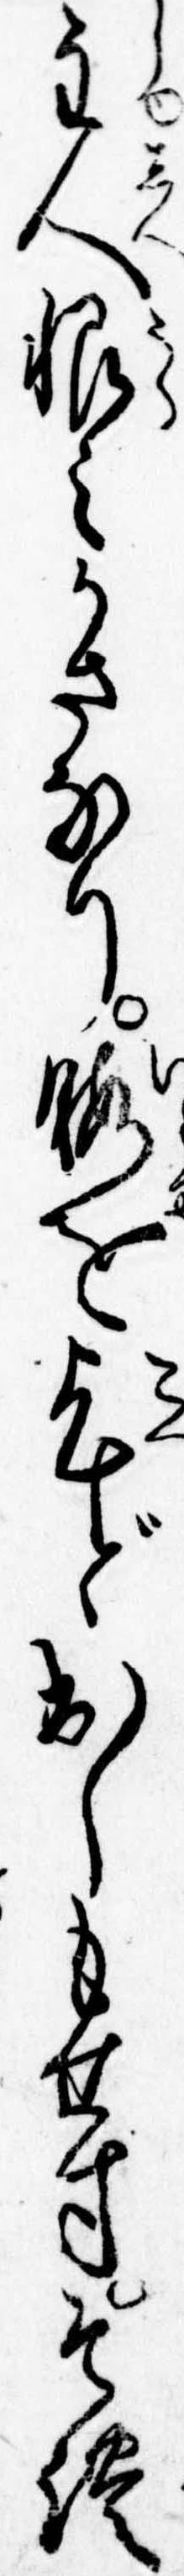
主人恨みかさなり暇を乞ど出しもせずそれ